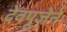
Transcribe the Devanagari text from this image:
देवपूजेने